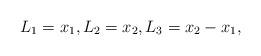
LaTeX: \begin{align*}L_1=x_1,L_2=x_2,L_3=x_2-x_1,\end{align*}